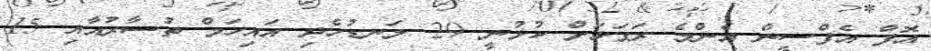
އޮފް އެފްސީން އެންމެ ރަގަޅަށް ކުޅުނީ 29 ލަނޑުހެދި އައިހަމް ތުސާރުއާއި 15